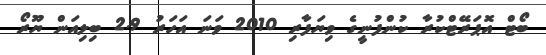
ބޯޓް އޮޕަރޭޓްކުރާ ކުންފުނީގެ ވިޔަފާރި 2010 ވަނަ އަހަރު 2.9 ބިލިއަން ޔޫރޯ